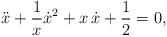
LaTeX: \begin{align*}\ddot{x}+\frac{1}{x}\dot{x}^2+x\, \dot{x}+\frac{1}{2}=0,\end{align*}